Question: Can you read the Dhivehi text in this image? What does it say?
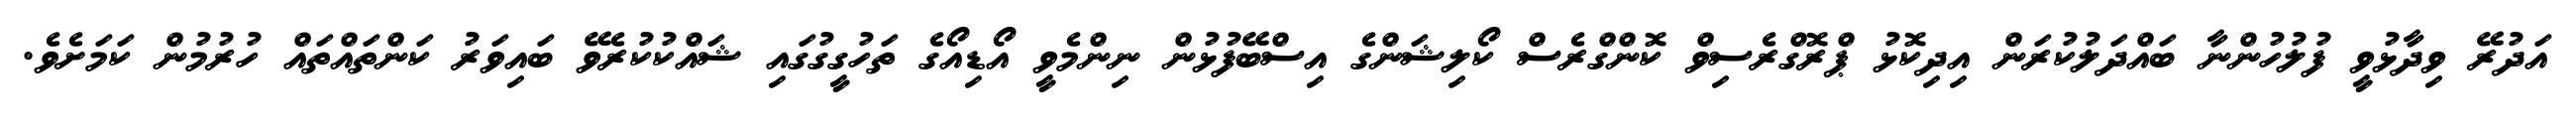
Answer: އަދުރޭ ވިދާޅުވީ ފުލުހުންނާ ބައްދަލުކުރަން އިދިކޮޅު ޕްރޮގްރެސިވް ކޮންގްރެސް ކޯލިޝަންގެ އިސްބޭފުޅުން ނިންމެވީ އޯޑިއޯގެ ތަހުގީގުގައި ޝައްކުކުރެވޭ ބައިވަރު ކަންތައްތައް ހުރުމުން ކަމަށެވެ.